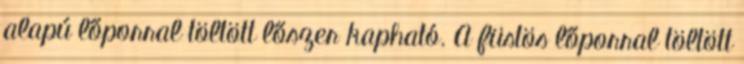
alapú lőporral töltött lőszer kapható. A füstös lőporral töltött